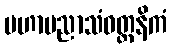
မဟာပညာသံဝတ္တနိကံ